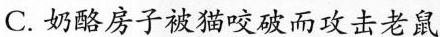
C.奶酪房子被猫咬破而攻击老鼠